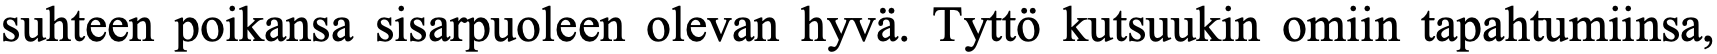
suhteen poikansa sisarpuoleen olevan hyvä. Tyttö kutsuukin omiin tapahtumiinsa,